Annual report of lunatic asylums [Bombay] - 1912-1922
Year: 1912
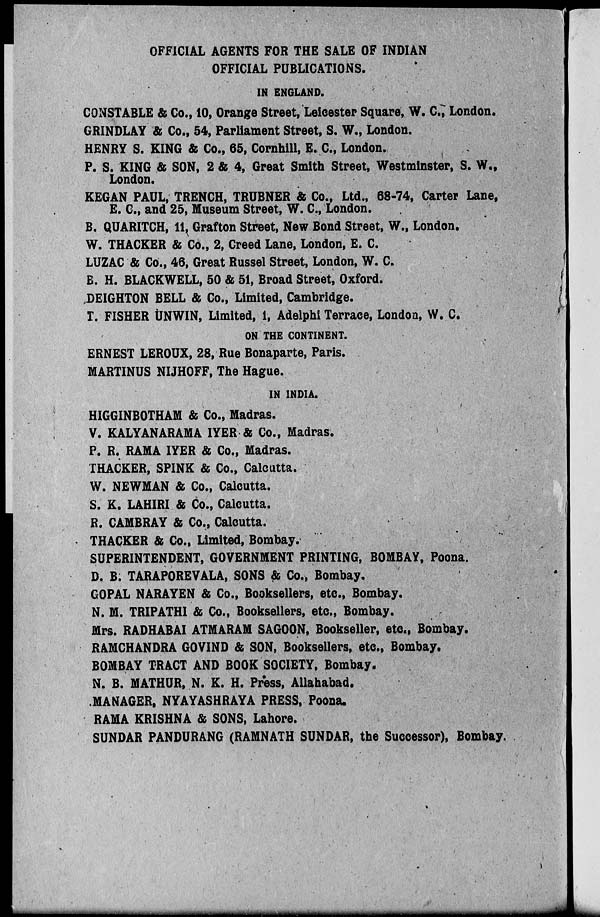
OFFICIAL AGENTS FOR THE SALE OF INDIAN
OFFICIAL PUBLICATIONS.
IN ENGLAND.
CONSTABLE & Co., 10, Orange Street, Leicester Square, W. C., London.
GRINDLAY & Co., 54, Parliament Street, S. W., London.
HENRY S. KING & Co., 65, Cornhill, E. C., London.
P. S. KING & SON, 2 & 4, Great Smith Street, Westminster, S. W.,
London.
KEGAN PAUL, TRENCH, TRUBNER & Co., Ltd., 68-74, Carter Lane,
E. C., and 25, Museum Street, W. C., London.
B. QUARITCH, 11, Grafton Street, New Bond Street, W., London.
W. THACKER & Co., 2, Creed Lane, London, E. C.
LUZAC & Co., 46, Great Russel Street, London, W. C.
B. H. BLACKWELL, 50 & 51, Broad Street, Oxford.
DEIGHTON BELL & Co., Limited, Cambridge.
T. FISHER UNWIN, Limited, 1, Adelphi Terrace, London, W. C.
ON THE CONTINENT.
ERNEST LEROUX, 28, Rue Bonaparte, Paris.
MARTINUS NIJHOFF, The Hague.
IN INDIA.
HIGGINBOTHAM & Co., Madras.
V. KALYANARAMA IYER & Co., Madras.
P. R. RAMA IYER & Co., Madras.
THACKER, SPINK & Co., Calcutta.
W. NEWMAN & Co., Calcutta.
S. K. LAHIRI & Co., Calcutta.
R. CAMBRAY & Co., Calcutta.
THACKER & Co., Limited, Bombay.
SUPERINTENDENT, GOVERNMENT PRINTING, BOMBAY, Poona.
D. B. TARAPOREVALA, SONS & Co., Bombay.
GOPAL NARAYEN & Co., Booksellers, etc., Bombay.
N. M. TRIPATHI & Co., Booksellers, etc., Bombay.
Mrs. RADHABAI ATMARAM SAGOON, Bookseller, etc., Bombay.
RAMCHANDRA GOVIND & SON, Booksellers, etc., Bombay.
BOMBAY TRACT AND BOOK SOCIETY, Bombay.
N. B. MATHUR, N. K. H. Press, Allahabad.
MANAGER, NYAYASHRAYA PRESS, Poona.
RAMA KRISHNA & SONS, Lahore.
SUNDAR PANDURANG (RAMNATH SUNDAR, the Successor), Bombay.